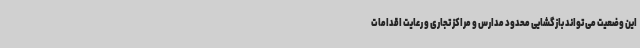
این وضعیت می تواند بازگشایی محدود مدارس و مراکز تجاری و رعایت اقدامات